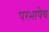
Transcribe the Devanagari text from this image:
परभाषेच